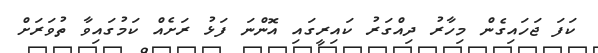
ކަފަ ޖަހައިގެން މިހާރު ދިއްގަރު ކައިރީގައި އޮންނަ ފަޅު ރަށެއް ކަމުގައިވާ ތުވަރަށް